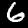
Label: 6